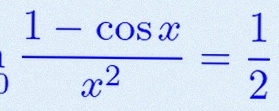
\lim_{x\to0}\frac{1-\cos x}{x^2}=\frac12